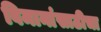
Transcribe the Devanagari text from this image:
विमानांसाठीचा